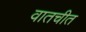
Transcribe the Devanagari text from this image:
वातचीत